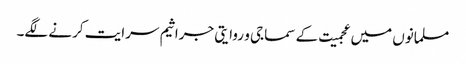
مسلمانوں میں عجمیت کے سماجی و روایتی جراثیم سرایت کرنے لگے۔